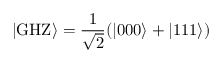
| \mathrm { G H Z } \rangle = \frac { 1 } { \sqrt { 2 } } ( | 0 0 0 \rangle + | 1 1 1 \rangle )